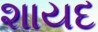
શાયદ